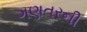
ગણતરની